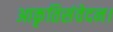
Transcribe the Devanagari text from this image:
आकृतिसंवेदन।